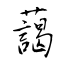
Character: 藹